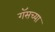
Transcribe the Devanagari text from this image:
गॅसच्या